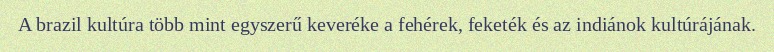
A brazil kultúra több mint egyszerű keveréke a fehérek, feketék és az indiánok kultúrájának.